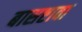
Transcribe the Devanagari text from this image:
बासष्टावा